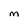
Character: M